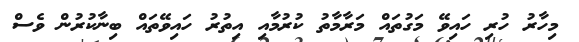
މިހާރު ހުރި ހައިވޭ މަގުތައް މަރާމާތު ކުރުމާއި އިތުރު ހައިވޭތައް ބިނާކުރުން ވެސް